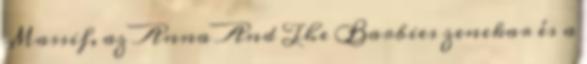
Massif, az Anna And The Barbies zenekar és a